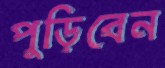
পুড়িবেন